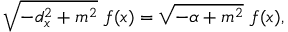
\sqrt { - d _ { x } ^ { 2 } + m ^ { 2 } } \ f ( x ) = \sqrt { - \alpha + m ^ { 2 } } \ f ( x ) ,